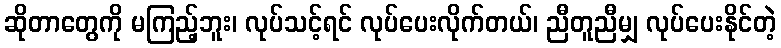
ဆိုတာတွေကို မကြည့်ဘူး၊ လုပ်သင့်ရင် လုပ်ပေးလိုက်တယ်၊ ညီတူညီမျှ လုပ်ပေးနိုင်တဲ့